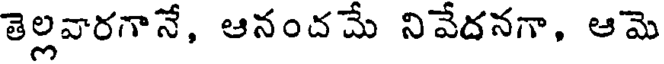
తెల్లవారగానే, ఆనందమే నివేదనగా, ఆమె